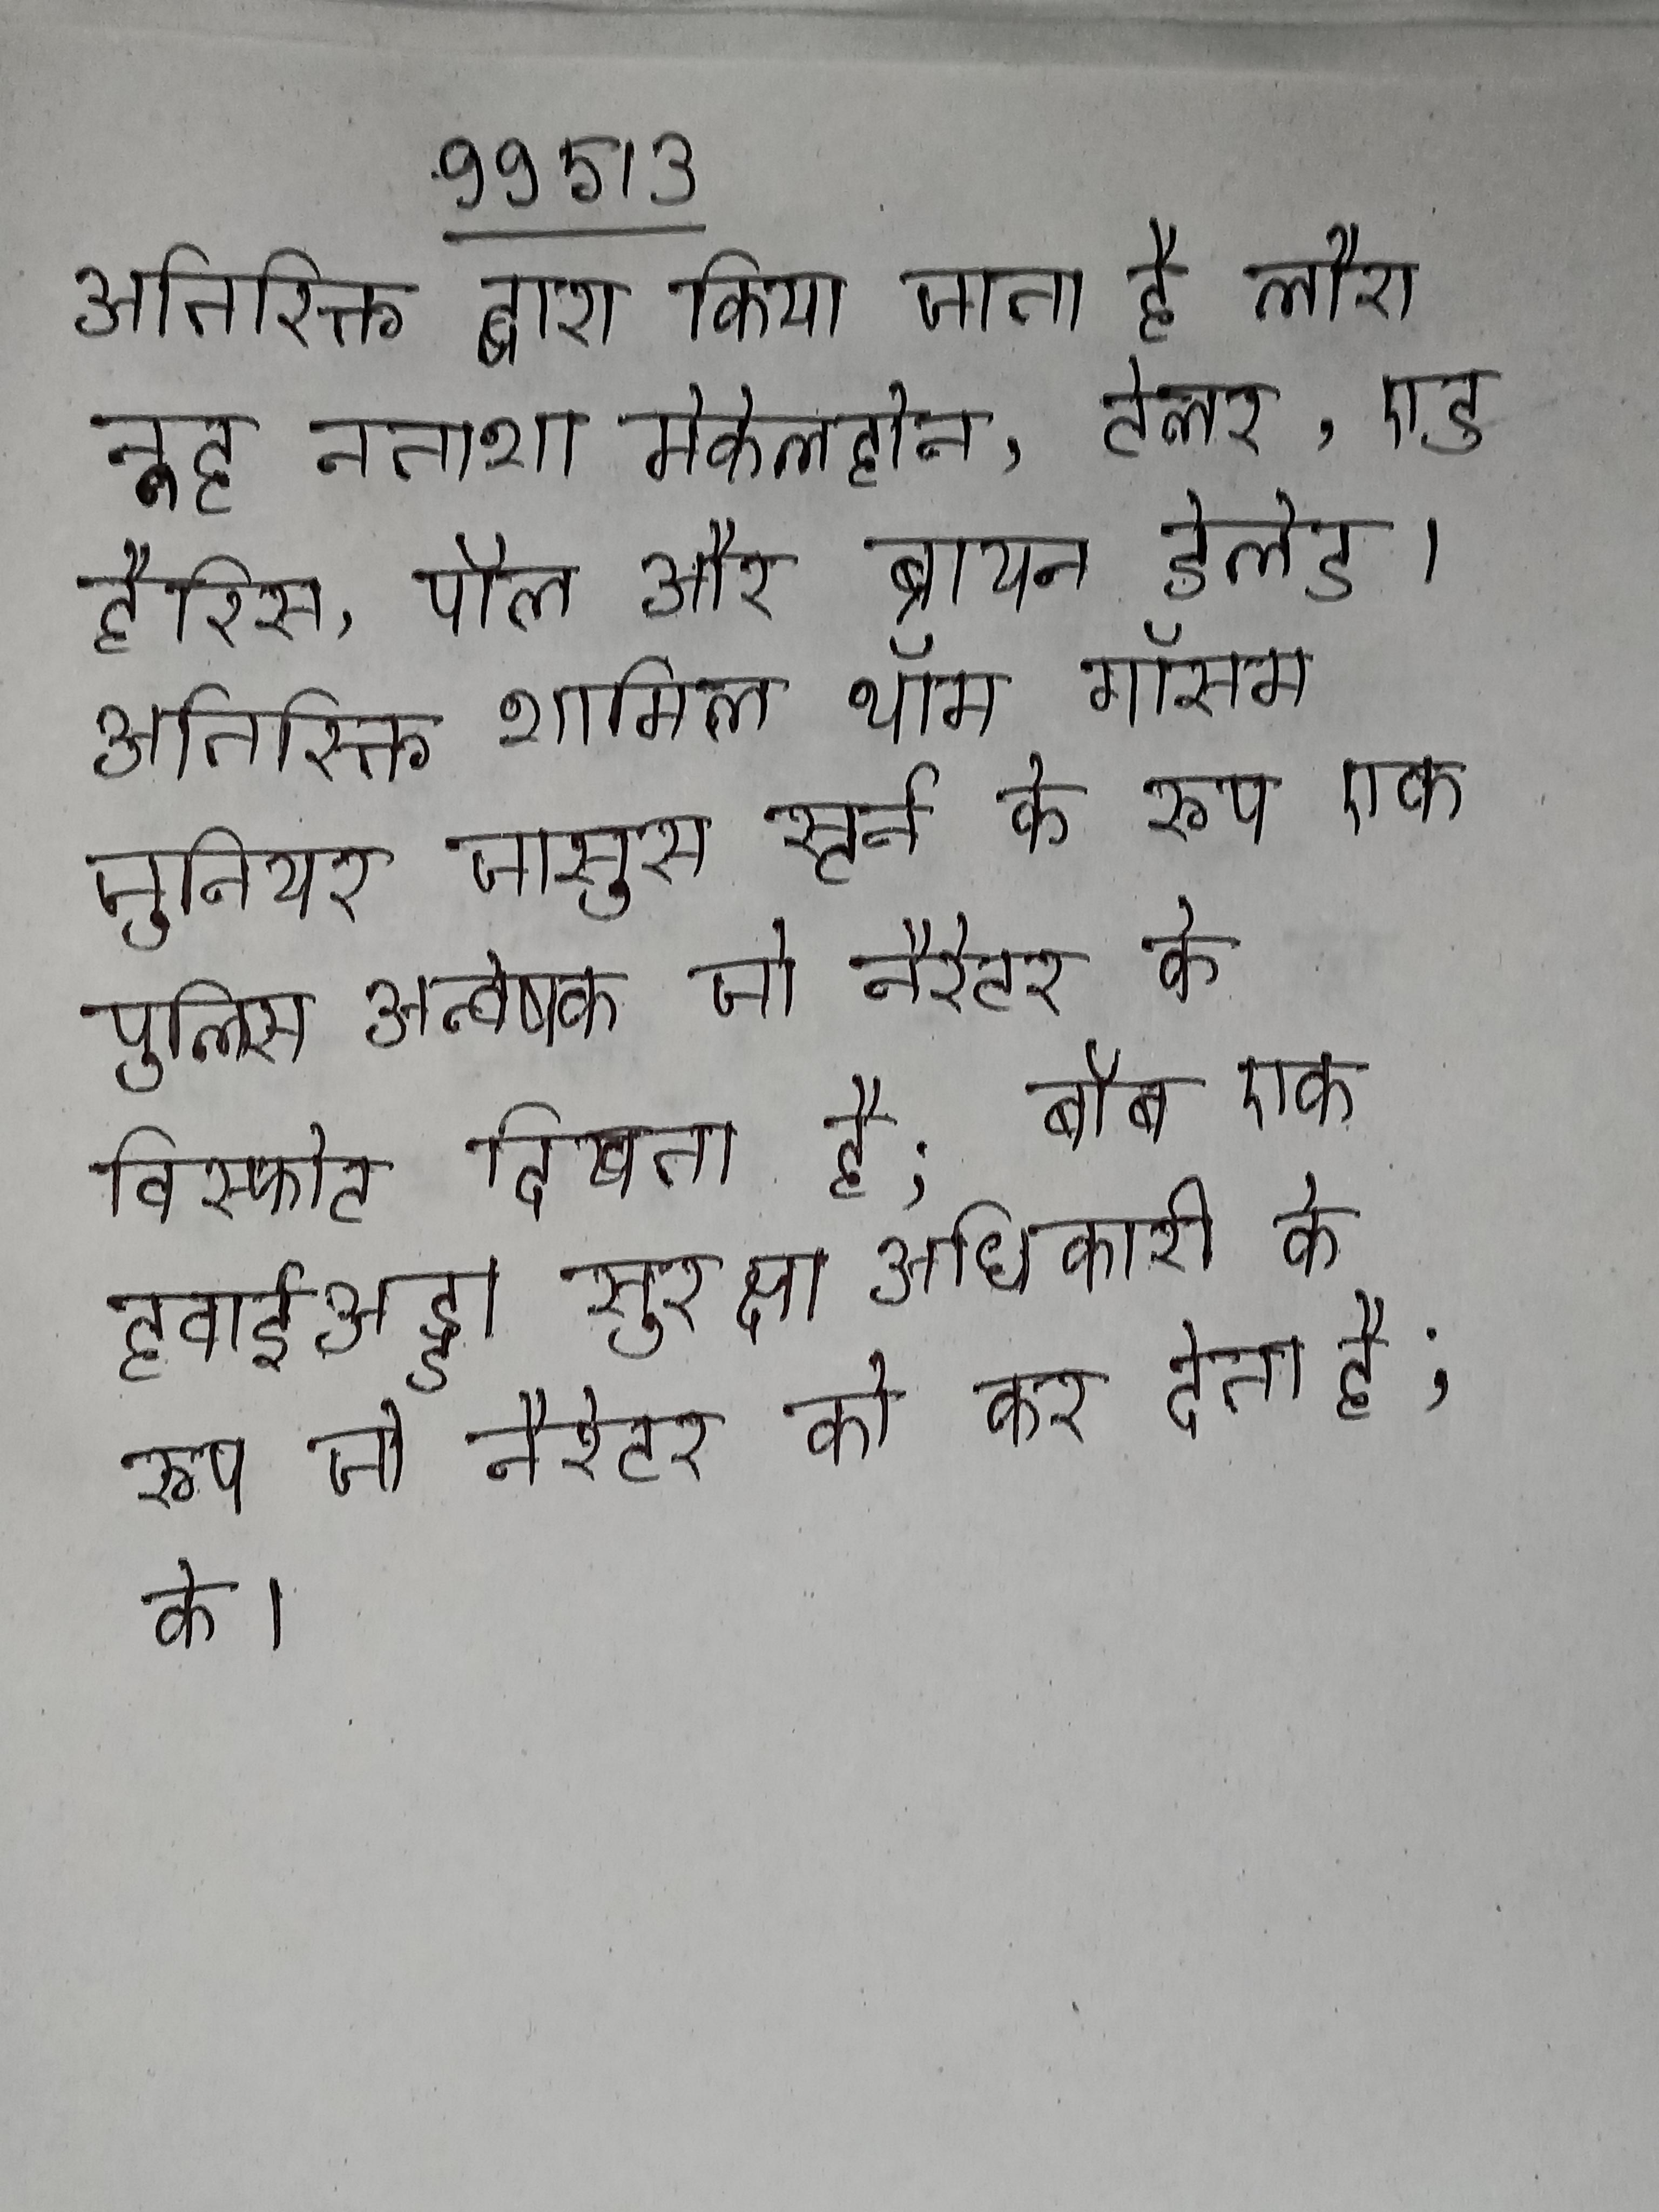
अतिरिक्त द्वारा किया जाता है लौरा नूह नताशा मेकेलहोन, टेलर, एड हैरिस, पॉल और ब्रायन डेलेट । अतिरिक्त शामिल थॉम गॉसम जूनियर जासूस स्टर्न के रूप एक पुलिस अन्वेषक जो नैरेटर के विस्फोट दिखता है; बॉब एक हवाईअड्डा सुरक्षा अधिकारी के रूप जो नैरेटर को कर देता है; के ।